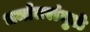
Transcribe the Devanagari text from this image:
धर्मांतरांमुळे